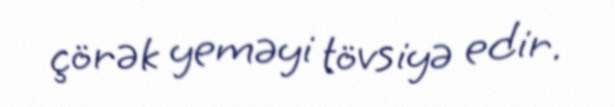
çörək yeməyi tövsiyə edir.